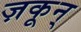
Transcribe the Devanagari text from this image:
ज़कून्